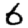
Digit: 6